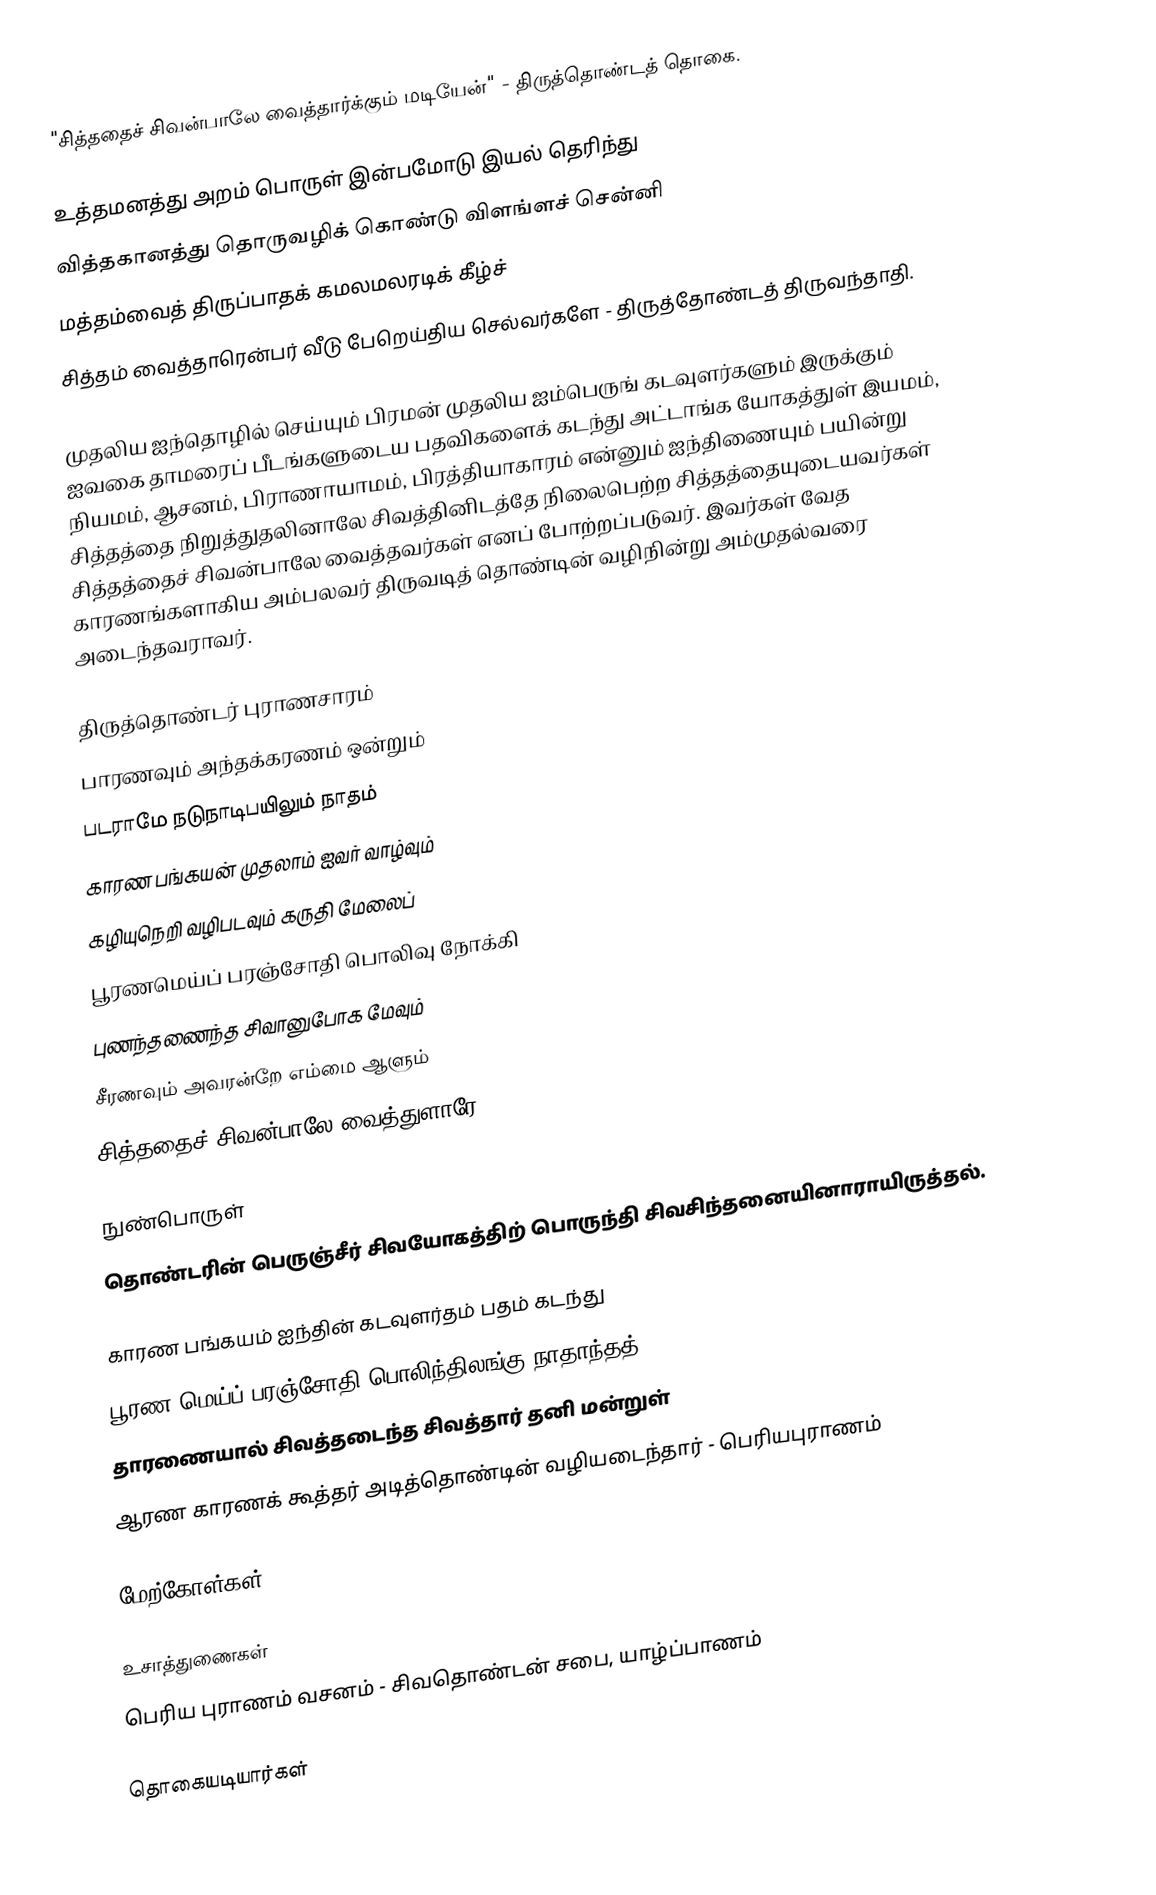
"சித்ததைச் சிவன்பாலே வைத்தார்க்கும் மடியேன்" - திருத்தொண்டத் தொகை.

உத்தமனத்து அறம் பொருள் இன்பமோடு இயல் தெரிந்து
வித்தகானத்து தொருவழிக் கொண்டு விளங்ளச் சென்னி
மத்தம்வைத் திருப்பாதக் கமலமலரடிக் கீழ்ச்
சித்தம் வைத்தாரென்பர் வீடு பேறெய்திய செல்வர்களே - திருத்தோண்டத் திருவந்தாதி.

முதலிய ஐந்தொழில் செய்யும் பிரமன் முதலிய ஐம்பெருங் கடவுளர்களும் இருக்கும் ஐவகை தாமரைப் பீடங்களுடைய பதவிகளைக் கடந்து அட்டாங்க யோகத்துள் இயமம், நியமம், ஆசனம், பிராணாயாமம், பிரத்தியாகாரம் என்னும் ஐந்திணையும் பயின்று சித்தத்தை நிறுத்துதலினாலே சிவத்தினிடத்தே நிலைபெற்ற சித்தத்தையுடையவர்கள் சித்தத்தைச் சிவன்பாலே வைத்தவர்கள் எனப் போற்றப்படுவர். இவர்கள் வேத காரணங்களாகிய அம்பலவர் திருவடித் தொண்டின் வழிநின்று அம்முதல்வரை அடைந்தவராவர்.

திருத்தொண்டர் புராணசாரம்
பாரணவும் அந்தக்கரணம் ஒன்றும்
படராமே நடுநாடிபயிலும் நாதம்
காரண பங்கயன் முதலாம் ஐவர் வாழ்வும்
கழியுநெறி வழிபடவும் கருதி மேலைப்
பூரணமெய்ப் பரஞ்சோதி பொலிவு நோக்கி
புணந்தணைந்த சிவானுபோக மேவும்
சீரணவும் அவரன்றே எம்மை ஆளும்
சித்ததைச் சிவன்பாலே வைத்துளாரே

நுண்பொருள்
தொண்டரின் பெருஞ்சீர் சிவயோகத்திற் பொருந்தி சிவசிந்தனையினாராயிருத்தல்.

காரண பங்கயம் ஐந்தின் கடவுளர்தம் பதம் கடந்து
பூரண மெய்ப் பரஞ்சோதி பொலிந்திலங்கு நாதாந்தத்
தாரணையால் சிவத்தடைந்த சிவத்தார் தனி மன்றுள்
ஆரண காரணக் கூத்தர் அடித்தொண்டின் வழியடைந்தார் - பெரியபுராணம்

மேற்கோள்கள்

உசாத்துணைகள்
பெரிய புராணம் வசனம் - சிவதொண்டன் சபை, யாழ்ப்பாணம்

தொகையடியார்கள்